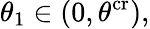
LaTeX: \theta_{1}\in(0,\theta^{\mathrm{cr}}),